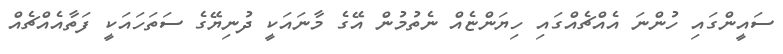
ސައީންގައި ހުންނަ އެއްޗެއްގައި ހިޔަންޏެއް ނެތުމުން އޭގެ މާނައަކީ ދުނިޔޭގެ ސަތަހައަކީ ފަތާއެއްޗެއް